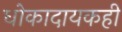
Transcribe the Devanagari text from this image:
धोकादायकही